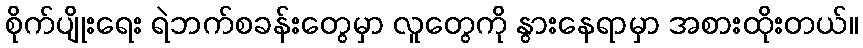
စိုက်ပျိုးရေး ရဲဘက်စခန်းတွေမှာ လူတွေကို နွားနေရာမှာ အစားထိုးတယ်။